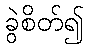
ခွဲစိတ်၍